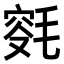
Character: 𣮯